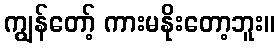
ကျွန်တော့် ကားမနိုးတော့ဘူး။